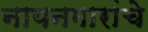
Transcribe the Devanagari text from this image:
नायनमारांचे